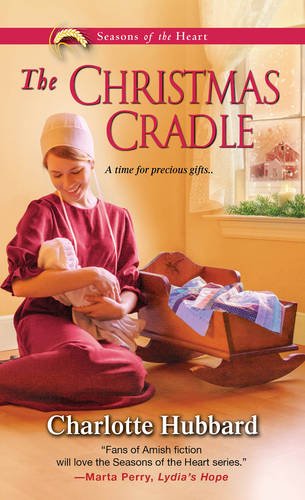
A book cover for The Christmas Cradle (Seasons of the Heart); Charlotte Hubbard; Romance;